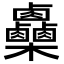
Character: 𣡼